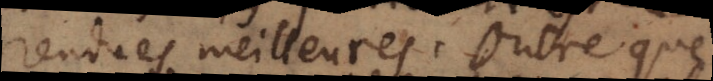
rendues meilleures. Outre que